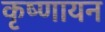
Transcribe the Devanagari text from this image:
कृष्‍णायन